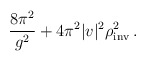
\begin{align*}\frac{8\pi^2}{g^2} + 4\pi^2|v|^2\rho^2_{\rm inv}\, .\end{align*}